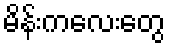
မိန်းကလေးတွေ